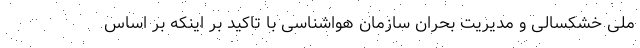
ملی خشکسالی و مدیریت بحران سازمان هواشناسی با تاکید بر اینکه بر اساس